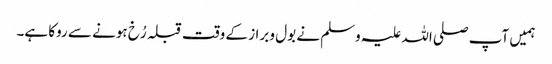
ہمیں آپ صلی اللہ علیہ وسلم نے بول و براز کے وقت قبلہ رُخ ہونے سے روکا ہے۔